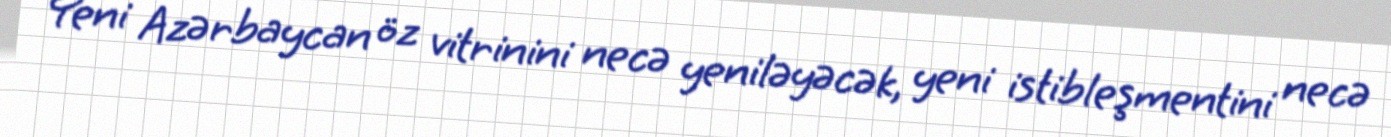
Yeni Azərbaycan öz vitrinini necə yeniləyəcək, yeni istibleşmentini necə